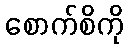
စောက်စိကို